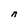
Character: n